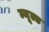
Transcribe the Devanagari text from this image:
म्यूल्ड